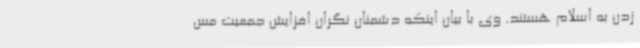
زدن به اسلام هستند. وی با بیان اینکه دشمنان نگران افزایش جمعیت مس